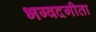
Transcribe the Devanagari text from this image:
भग्वदगीता